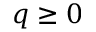
q \geq 0